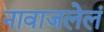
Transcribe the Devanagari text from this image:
नावाजलेलं